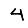
Digit: 4